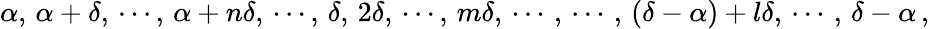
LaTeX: \alpha,\, \alpha+\delta,\, \cdots,\, \alpha+n\delta,\, \cdots,\, \delta,\, 2\delta,\, \cdots,\, m\delta,\, \cdots\, ,\, \cdots\, ,\, (\delta-\alpha)+l\delta,\, \cdots\, ,\, \delta-\alpha\, ,